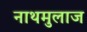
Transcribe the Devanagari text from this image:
नाथमुलाज